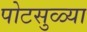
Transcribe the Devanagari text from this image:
पोटसुळ्या